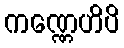
ကဏ္ဏေဟိပိ